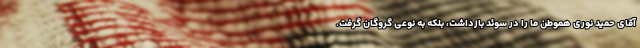
آقای حمید نوری هموطن ما را در سوئد بازداشت، بلکه به نوعی گروگان گرفت.